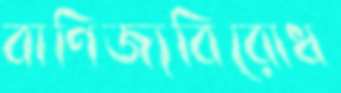
বাণিজ্যবিরোধ